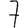
Digit: 7